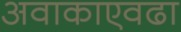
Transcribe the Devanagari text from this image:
अवाकाएवढा